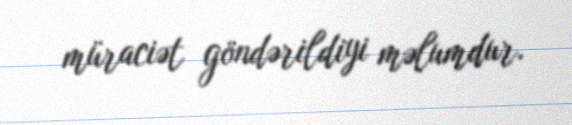
müraciət göndərildiyi məlumdur.